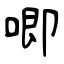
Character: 唧